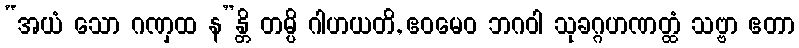
“အယံ သော ဂဏှထ န”န္တိ တမ္ပိ ဂါဟယတိ, ဧဝမေဝ ဘဂဝါ သုခဂ္ဂဟဏတ္ထံ သဗ္ဗာ ဧတာ